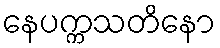
နေပက္ကသတိနော